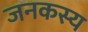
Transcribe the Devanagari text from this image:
जनकस्य